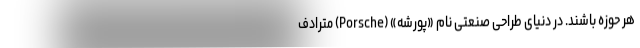
هر حوزه باشند. در دنیای طراحی صنعتی نام «پورشه» (Porsche) مترادف